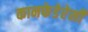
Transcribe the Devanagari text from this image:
कानफेडेरेसी